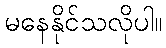
မနေနိုင်သလိုပါ။